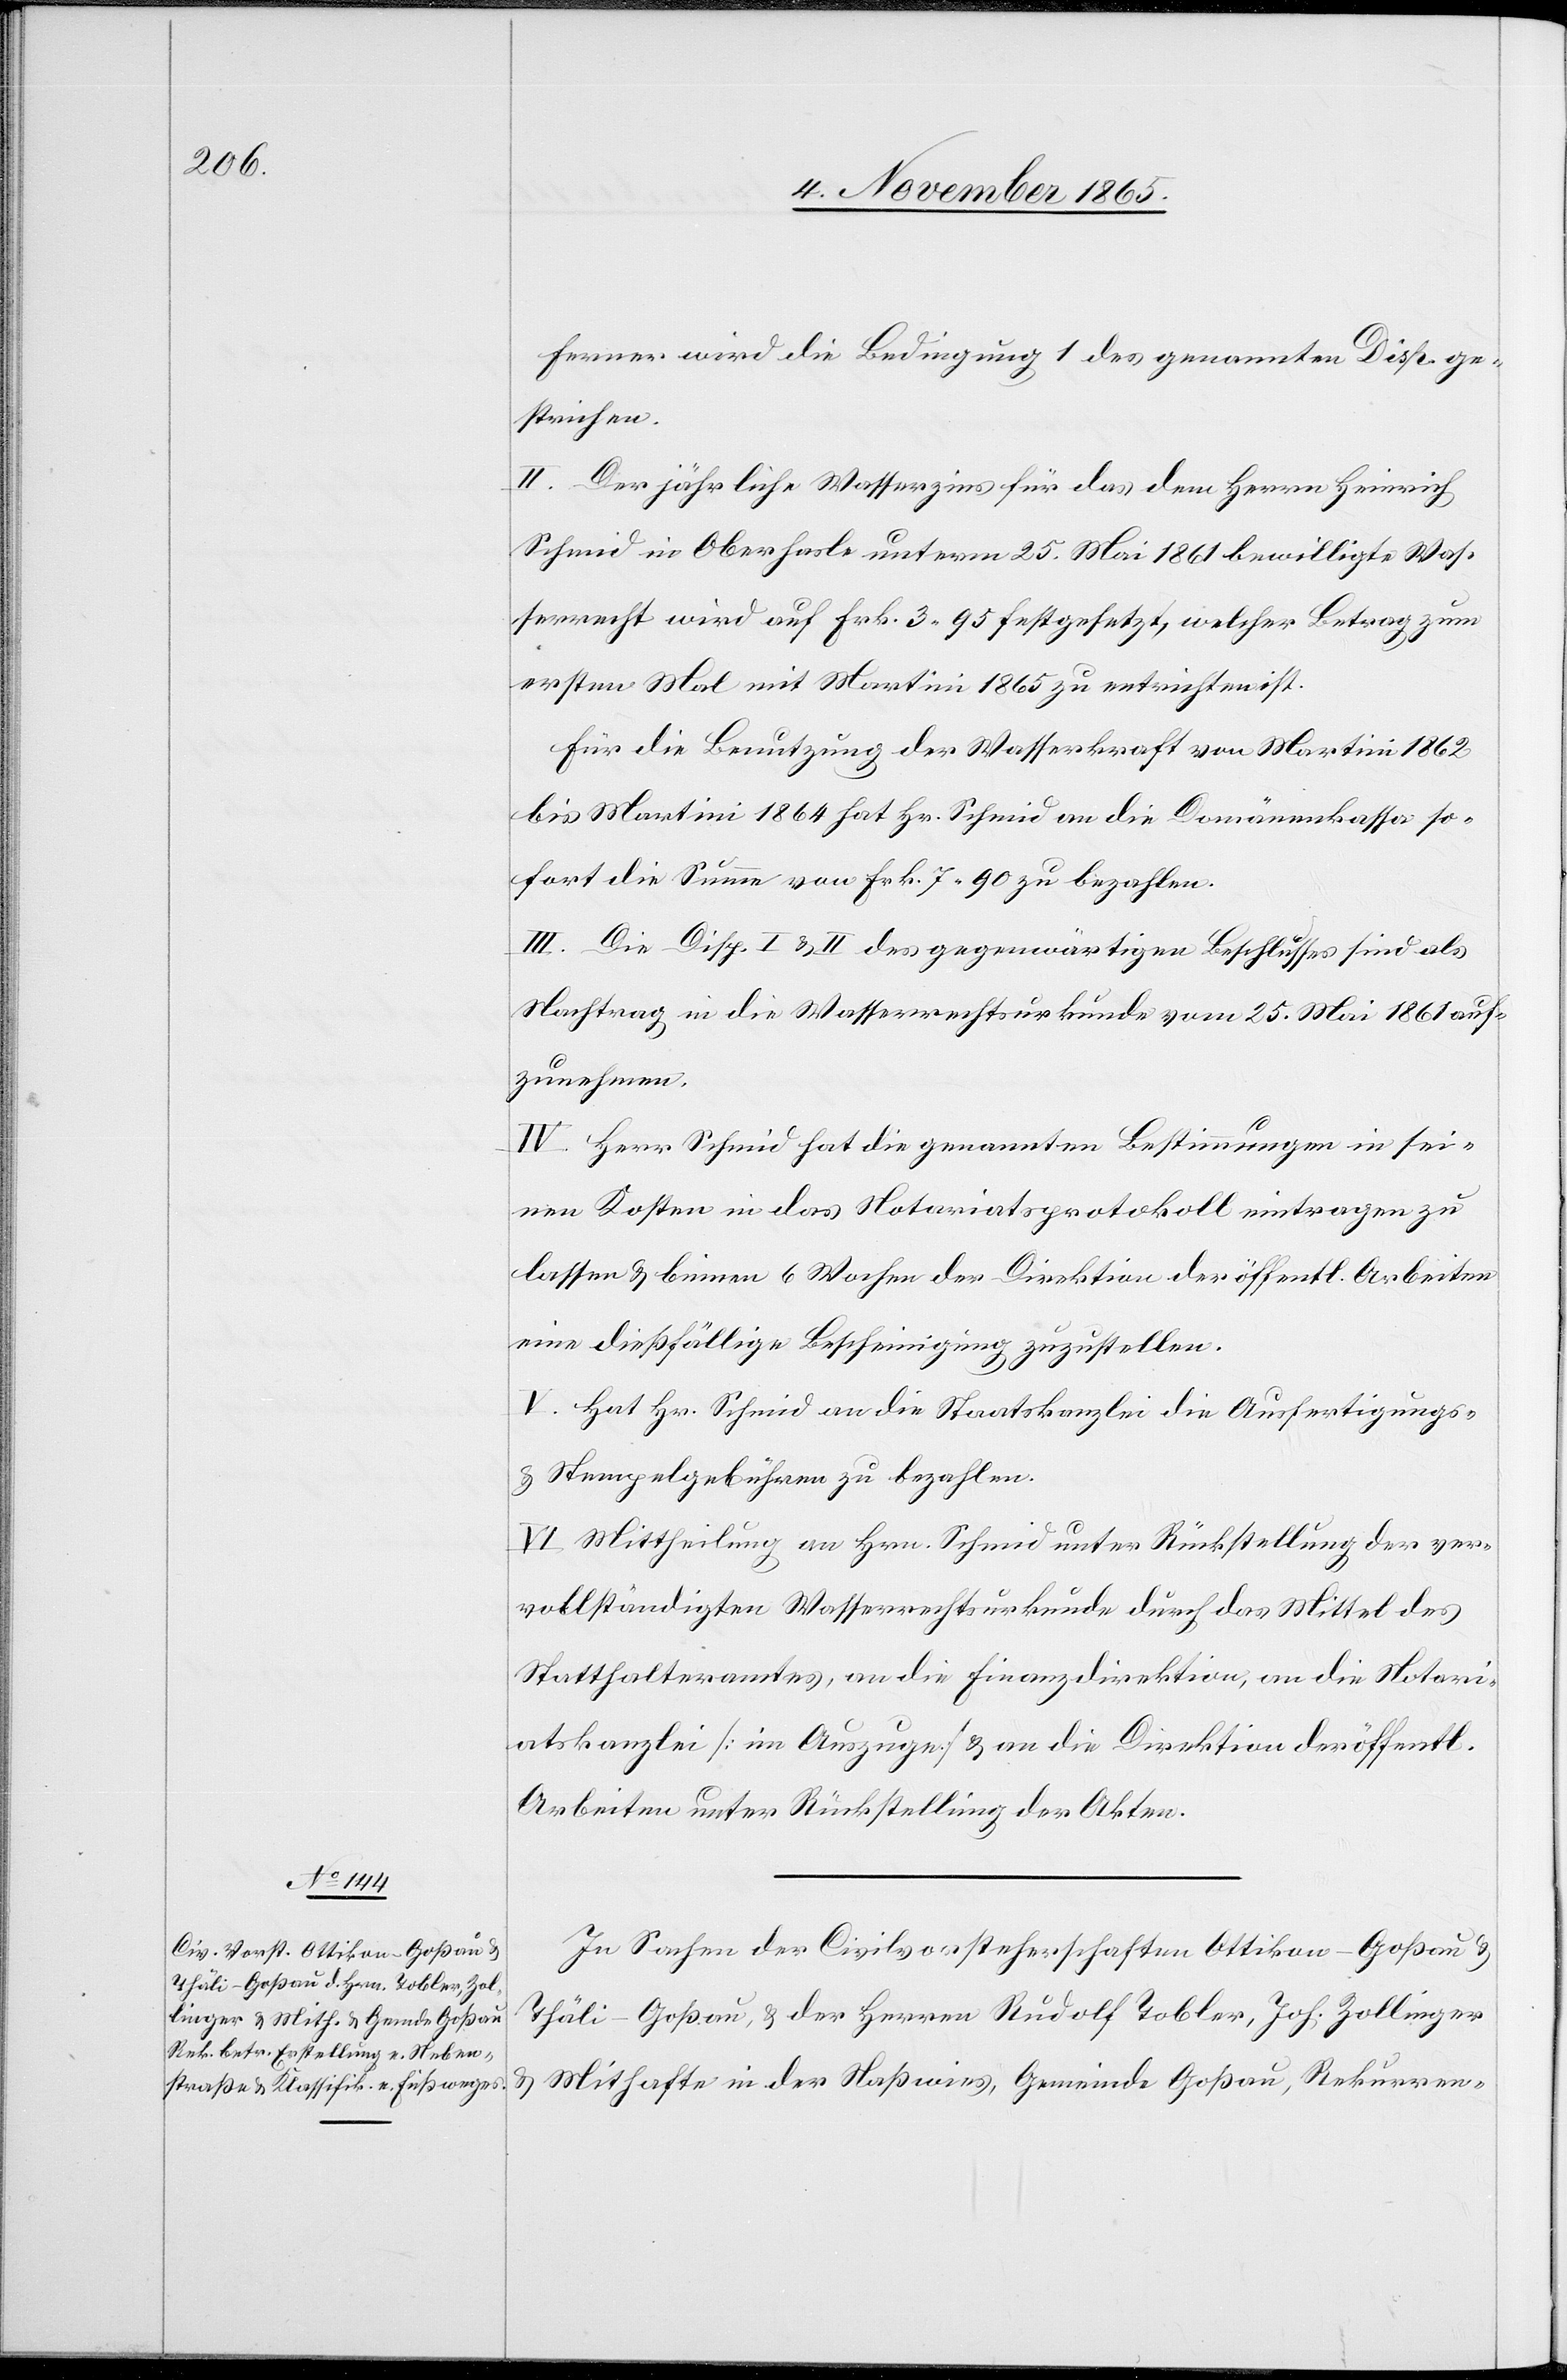
Ferner wird die Bedingung 1 des genannten Disp. ge¬
strichen.
II. Der jährliche Wasserzins für das dem Herrn Heinrich
Schmid in Oberhasle unterm 25. Mai 1861 bewilligte Was¬
serrecht wird auf Frk. 3 95 festgesetzt, welcher Betrag zum
ersten Mal mit Martini 1865 zu entrichten ist.
Für die Benutzung der Wasserkraft von Martini 1862
bis Martini 1864 hat Hr. Schmid an die Domänenkasse so¬
fort die Summe von Frk. 7 90 zu bezahlen.
III. Die Disp. I & II des gegenwärtigen Beschlusses sind als
Nachtrag in die Wasserrechtsurkunde vom 25. Mai 1861 auf¬
zunehmen.
IV. Herr Schmid hat die genannten Bestimmungen in sei¬
nen Kosten in das Notariatsprotokoll eintragen zu
lassen & binnen 6 Wochen der Direktion der öffentl. Arbeiten
eine dießfällige Bescheinigung zuzustellen.
V. Hat Hr. Schmid an die Staatskanzlei die Ausfertigungs-
& Stempelgebühren zu bezahlen.
VI. Mittheilung an Hrn. Schmid unter Rückstellung der ver¬
vollständigten Wasserrechtsurkunde durch das Mittel des
Statthalteramtes, an die Finanzdirektion, an die Notari¬
atskanzlei [im Auszuge] & an die Direktion der öffentl.
Arbeiten unter Rückstellung der Akten.
In Sachen der Civilvorsteherschaften Ottikon - Goßau &
Thäli - Goßau, & der Herren Rudolf Tobler, Joh. Zollinger
& Mithafte in der Naßwies, Gemeinde Goßau, Rekurren-